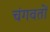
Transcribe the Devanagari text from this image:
चंगवतों